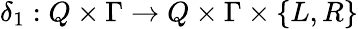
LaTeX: \delta_{1}:Q\times\Gamma\to Q\times\Gamma\times\{ L,R\}